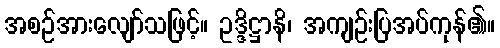
အစဉ်အားလျော်သဖြင့်။ ဥဒ္ဒိဋ္ဌာနိ၊ အကျဉ်းပြအပ်ကုန်၏။